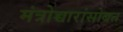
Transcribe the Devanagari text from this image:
मंत्रोच्चारांसोबत